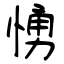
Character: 愑